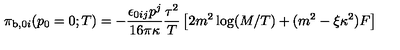
{ \cal { \pi } } _ { \mathrm { b } , 0 i } ( p _ { 0 } = 0 ; T ) = - \frac { \epsilon _ { 0 i j } p ^ { j } } { 1 6 \pi \kappa } \frac { \tau ^ { 2 } } { T } \left[ 2 m ^ { 2 } \log ( M / T ) + ( m ^ { 2 } - \xi \kappa ^ { 2 } ) F \right]